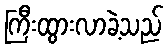
ကြီးထွားလာခဲ့သည်